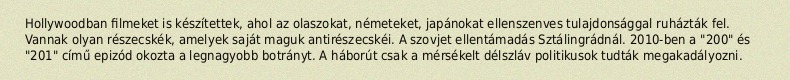
Hollywoodban filmeket is készítettek, ahol az olaszokat, németeket, japánokat ellenszenves tulajdonsággal ruházták fel. Vannak olyan részecskék, amelyek saját maguk antirészecskéi. A szovjet ellentámadás Sztálingrádnál. 2010-ben a "200" és "201" című epizód okozta a legnagyobb botrányt. A háborút csak a mérsékelt délszláv politikusok tudták megakadályozni.